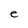
Character: e